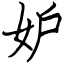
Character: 妒